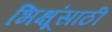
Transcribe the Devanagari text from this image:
भिक्षूंसाठी